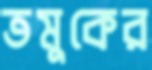
তমুকের